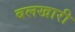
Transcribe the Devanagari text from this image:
बलखारी